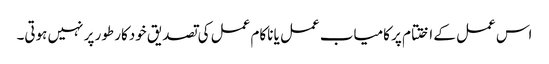
اس عمل کے اختتام پر کامیاب عمل یا ناکام عمل کی تصدیق خودکار طور پر نہیں ہوتی۔